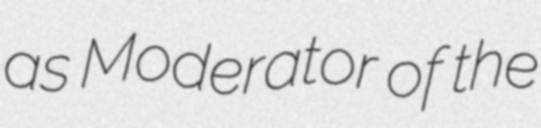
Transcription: as Moderator of the